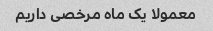
معمولا یک ماه مرخصی داریم